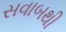
સવાબથી